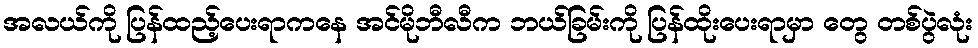
အလယ်ကို ပြန်ထည့်ပေးရာကနေ အင်မိုဘီလီက ဘယ်ခြမ်းကို ပြန်ထိုးပေးရာမှာ တွေ တစ်ပွဲလုံး